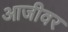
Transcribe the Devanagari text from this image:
आजीवर